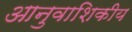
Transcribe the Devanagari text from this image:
आनुवाशिकीय